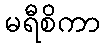
မရီစိကာ